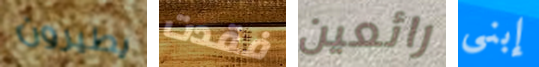
يطيرون فقدت رائعين إبنى